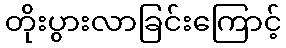
တိုးပွားလာခြင်းကြောင့်